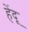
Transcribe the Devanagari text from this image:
हेंदू